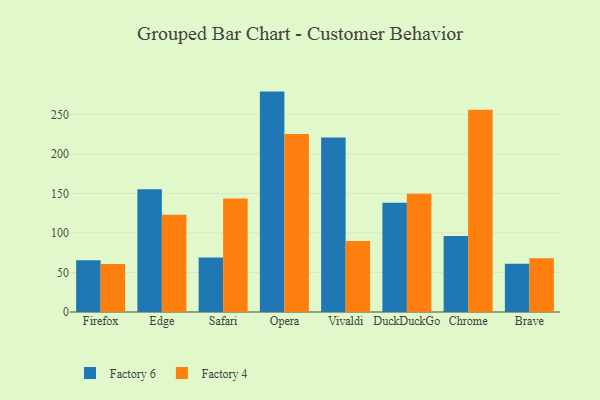
{"axis": {"x": "Browser", "y": "Demand Index"}, "legend": ["Factory 4", "Factory 6"], "data": [{"x": "Firefox", "y": 65.3, "type": "Factory 6"}, {"x": "Firefox", "y": 60.6, "type": "Factory 4"}, {"x": "Edge", "y": 155.1, "type": "Factory 6"}, {"x": "Edge", "y": 123.1, "type": "Factory 4"}, {"x": "Safari", "y": 68.9, "type": "Factory 6"}, {"x": "Safari", "y": 143.4, "type": "Factory 4"}, {"x": "Opera", "y": 278.7, "type": "Factory 6"}, {"x": "Opera", "y": 225.0, "type": "Factory 4"}, {"x": "Vivaldi", "y": 220.6, "type": "Factory 6"}, {"x": "Vivaldi", "y": 89.9, "type": "Factory 4"}, {"x": "DuckDuckGo", "y": 138.2, "type": "Factory 6"}, {"x": "DuckDuckGo", "y": 149.4, "type": "Factory 4"}, {"x": "Chrome", "y": 96.2, "type": "Factory 6"}, {"x": "Chrome", "y": 255.6, "type": "Factory 4"}, {"x": "Brave", "y": 60.9, "type": "Factory 6"}, {"x": "Brave", "y": 67.9, "type": "Factory 4"}]}